Indian journal of veterinary science and animal husbandry - Volumes 18-21, 1948-1951
Year: 1948
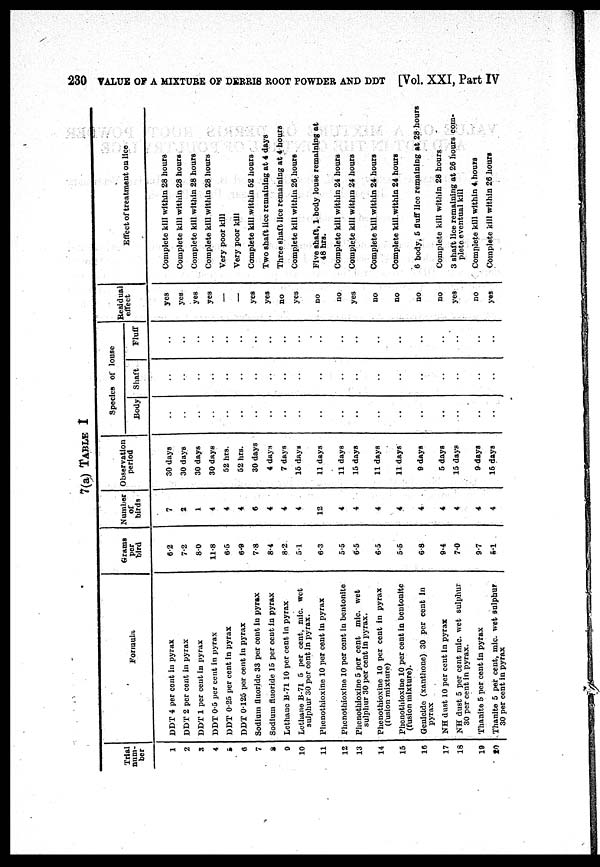
230 VALUE OF A MIXTURE OF DERRIS ROOT POWDER AND DDT [Vol. XXI, Part IV
7(a) TABLE I
Trial
num-
ber
1
2
3
4
5
6
7
8
9
10
11
12
13
14
15
16
17
18
19
20
Formula
DDT 4 per cent in pyrax
DDT 2 per cent in pyrax
DDT 1 per cent in pyrax
DDT 0.5 per cent in pyrax
DDT 0.25 per cent in pyrax
DDT 0.125 per cent in pyrax
Sodium fluoride 33 per cent in pyrax
Sodium fluoride 15 per cent in pyrax
Lethane B-71 10 per cent in pyrax
Lethane B-71 5 per cent. mic. wet
sulphur 30 per cent in pyrax.
Phenothioxine 10 per cent in pyrax
Phenothioxine 10 per cent in bentonite
Phenothioxine 5 per cent mic. wet
sulphur 30 per cent in pyrax.
Phenothioxine 10 per cent in pyrax
(fusion mixture)
Phenothioxiue 10 per cent in bentonite
(fusion mixture).
Genicide (xanthone) 30 per cent in
pyrax
NH dust 10 per cent in pyrax
NH dust 5 per cent mic. wet sulphur
30 per cent in pyrax.
Thanite 5 per cont in pyrax
Thanite 5 per cent, mic. wet sulphur
30 per cent in pyrax
Grams
per
bird
6.2
7.2
8.0
11.8
6.5
6.9
7.8
8.4
8.2
5.1
6.3
5.5
6.5
6.5
5.5
6.8
9.4
7.0
9.7
5.1
Number
of
birds
7
2
1
4
4
4
6
4
4
4
12
4
4
4
4
4
4
4
4
4
Observation
period
30 days
30 days
30 days
30 days
52 hrs.
52 hrs.
30 days
4 days
7 days
15 days
11 days
11 days
15 days
11 days
11 days
9 days
5 days
15 days
9 days
15 days
Species of louse
Body
..
..
..
..
..
..
..
..
..
..
..
..
..
..
..
..
..
..
..
..
Shaft
..
..
..
..
..
..
..
..
..
..
..
..
..
..
..
..
..
..
..
..
Fluff
..
..
..
..
..
..
..
..
..
..
..
..
..
..
..
..
..
..
..
..
Residual
effect
yes
yes
yes
yes
—
—
yes
yes
no
yes
no
no
yes
no
no
no
no
yes
no
yes
Effect of treatment on lice
Complete kill within 28 hours
Complete kill within 28 hours
Complete kill within 28 hours
Complete kill within 28 hours
Very poor kill
Very poor kill
Complete kill within 52 hours
Two shaft lice remaining at 4 days
Three shaft lice remaining at 4 hours
Complete kill within 26 hours
Five shaft, 1 body louse remaining at
48 hrs.
Complete kill within 24 hours
Complete kill within 24 hours
Complete kill within 24 hours
Complete kill within 24 hours
6 body, 5 fluff lice remaining at 28 hours
Complete kill within 28 hours
3 shaft lice remaining at 26 hours com-
plete eventual kill
Complete kill within 4 hours
Complete kill within 26 hours